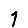
Digit: 1